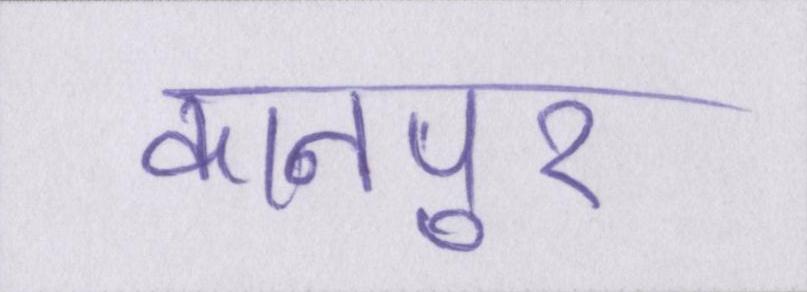
कानपुर